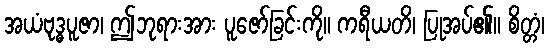
အယံဗုဒ္ဓပူဇာ၊ ဤဘုရားအား ပူဇော်ခြင်းကို။ ကရီယတိ၊ ပြုအပ်၏။ စိတ္တံ၊